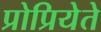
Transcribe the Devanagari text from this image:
प्रोप्रियेते